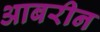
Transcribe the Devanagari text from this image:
आबरीन